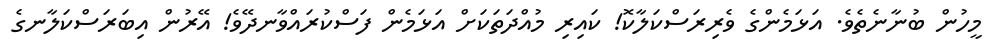
މީހުން ބުނާނެތެވެ. އަޅަމެންގެ ވެރިރަސްކަލާކޮ! ކައިރި މުއްދަތަކަށް އަޅަމެން ފަސްކުރައްވާނދޭވެ! އޭރުން އިބަރަސްކަލާނގެ